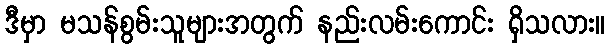
ဒီမှာ မသန်စွမ်းသူများအတွက် နည်းလမ်းကောင်း ရှိသလား။